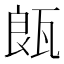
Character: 𤭒